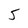
Character: 5